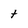
Character: t